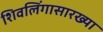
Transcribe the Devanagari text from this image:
शिवलिंगासारख्या